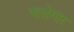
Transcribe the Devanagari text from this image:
पाळेगार